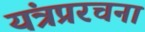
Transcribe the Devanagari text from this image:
यंत्रप्ररचना